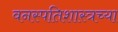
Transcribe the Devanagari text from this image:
वनस्पतिशास्त्रच्या